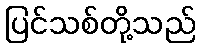
ပြင်သစ်တို့သည်